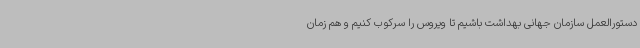
دستورالعمل سازمان جهانی بهداشت باشیم تا ویروس را سرکوب کنیم و هم زمان